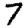
Digit: 7